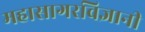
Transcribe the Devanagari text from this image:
महासागरविज्ञानी